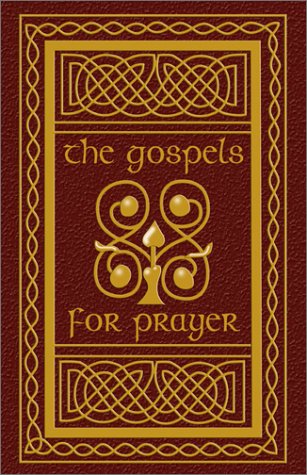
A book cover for The Gospels for Prayer; Religion & Spirituality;